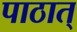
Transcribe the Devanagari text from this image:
पाठात्‌